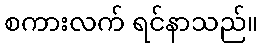
စကားလက် ရင်နာသည်။